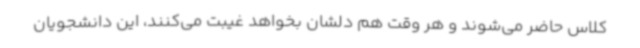
کلاس حاضر می‌شوند و هر وقت هم دلشان بخواهد غیبت می‌کنند، این دانشجویان